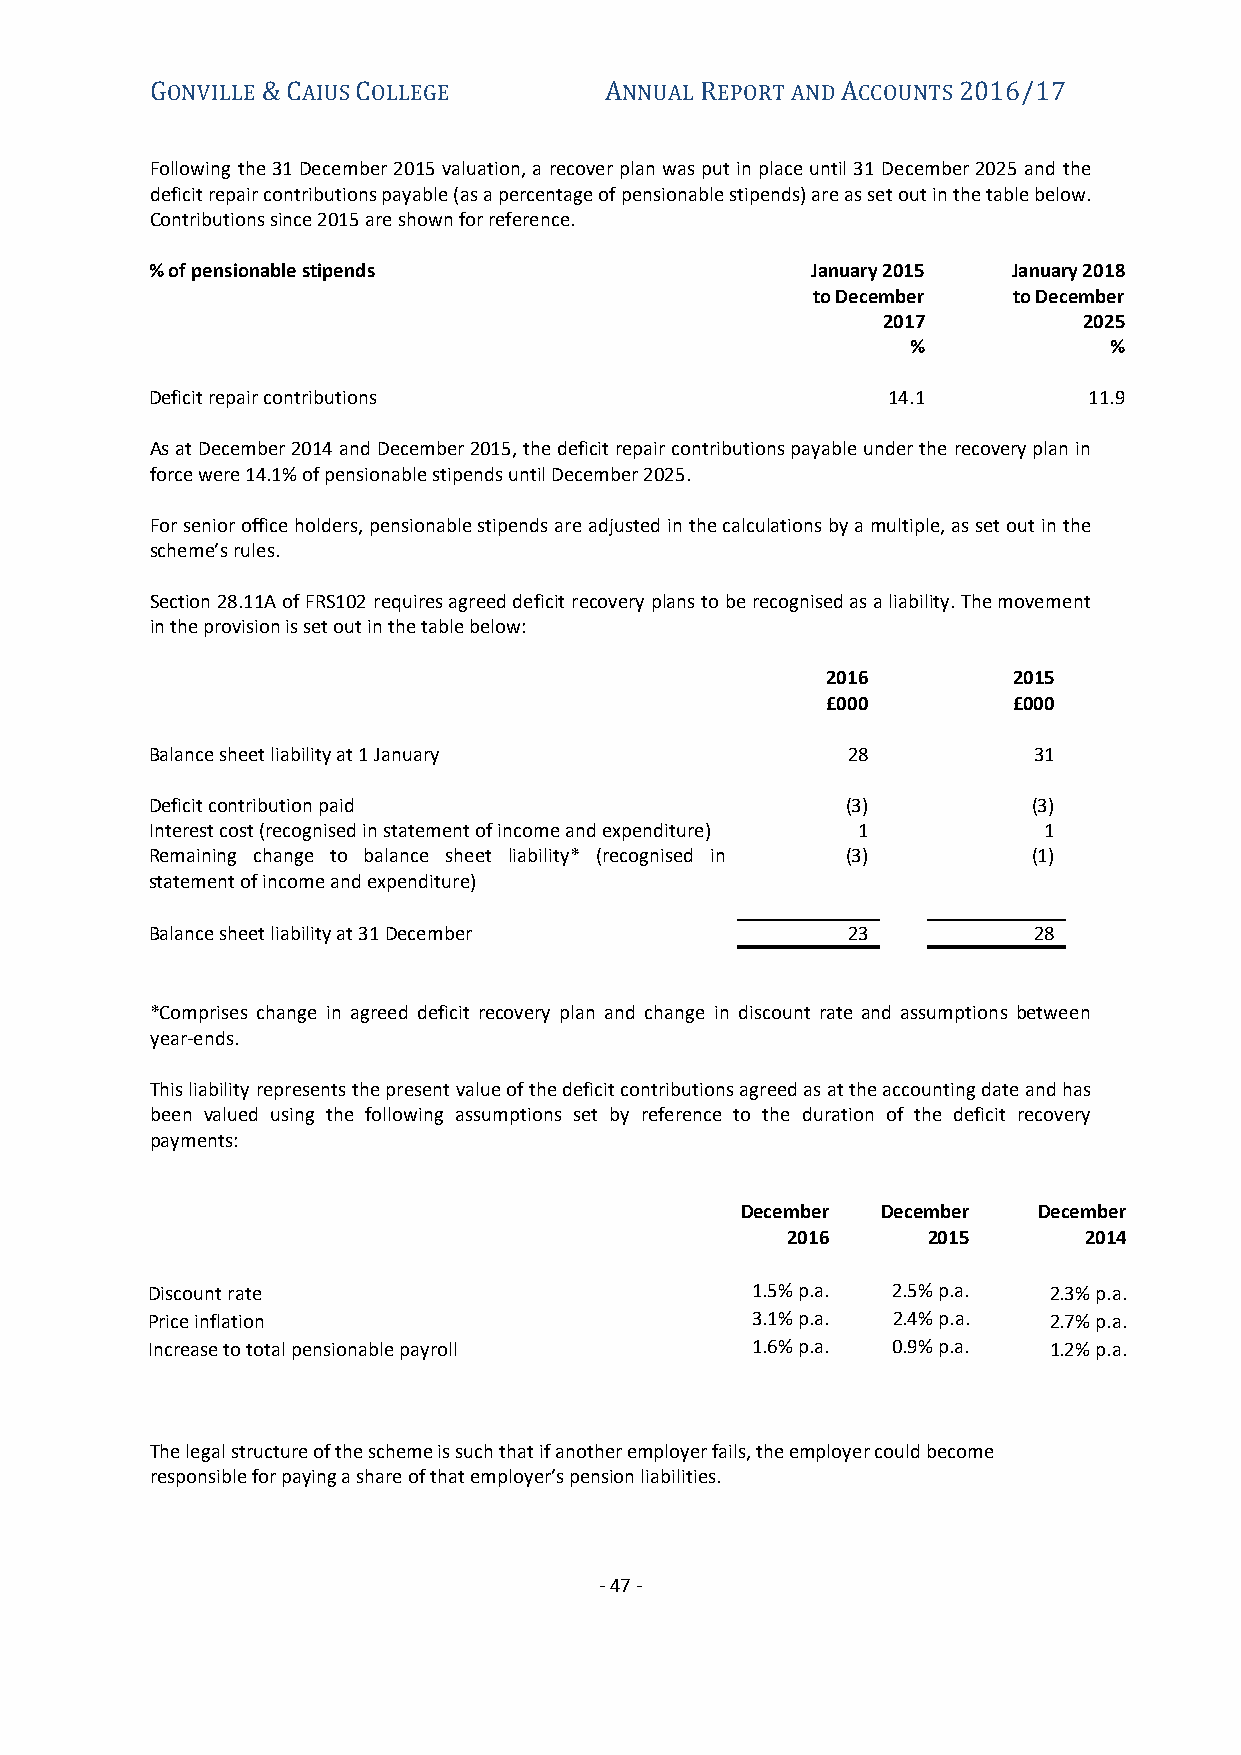
ONVILLE  AIUS OLLEGE          NNUAL EPORT AND CCOUNTS
 G      &C     C               A     R         A      2016/17
 Following the 31 December 2015 valuation, a recover plan was put in place until 31 December 2025 and the
 deficit repair contributions payable (as a percentage of pensionable stipends) are as set out in the table below.
 Contributions since 2015 are shown for reference.
 % of pensionable stipends                   January 2015 January 2018
 to December  to December
 2017          2025
 %            %
 Deficit repair contributions                     14.1         11.9
 As at December 2014 and December 2015, the deficit repair contributions payable under the recovery plan in
 force were 14.1% of pensionable stipends until December 2025.
 For senior office holders, pensionable stipends are adjusted in the calculations by a multiple, as set out in the
 scheme’s rules.
 Section 28.11A of FRS102 requires agreed deficit recovery plans to be recognised as a liability. The movement
 in the provision is set out in the table below:
 2016        2015
 £000        £000
 Balance sheet liability at 1 January          28          31
 Deficit contribution paid                     (3)         (3)
 Interest cost (recognised in statement of income and expenditure) 1 1
 Remaining change to balance sheet liability* (recognised in (3) (1)
 statement of income and expenditure)
 Balance sheet liability at 31 December        23          28
 *Comprises change in agreed deficit recovery plan and change in discount rate and assumptions between
 year-ends.
 This liability represents the present value of the deficit contributions agreed as at the accounting date and has
 been valued using the following assumptions set by reference to the duration of the deficit recovery
 payments:
 December December   Dece mber
 2016     2015       2014
 Discount rate                           1.5% p.a. 2.5% p.a. 2.3% p.a.
 Price inflation                         3.1% p.a. 2.4% p.a. 2.7% p.a.
 Increase to total pensionable payroll   1.6% p.a. 0.9% p.a. 1.2% p.a.
 The legal structure of the scheme is such that if another employer fails, the employer could become
 responsible for paying a share of that employer’s pension liabilities.
 - 47 -